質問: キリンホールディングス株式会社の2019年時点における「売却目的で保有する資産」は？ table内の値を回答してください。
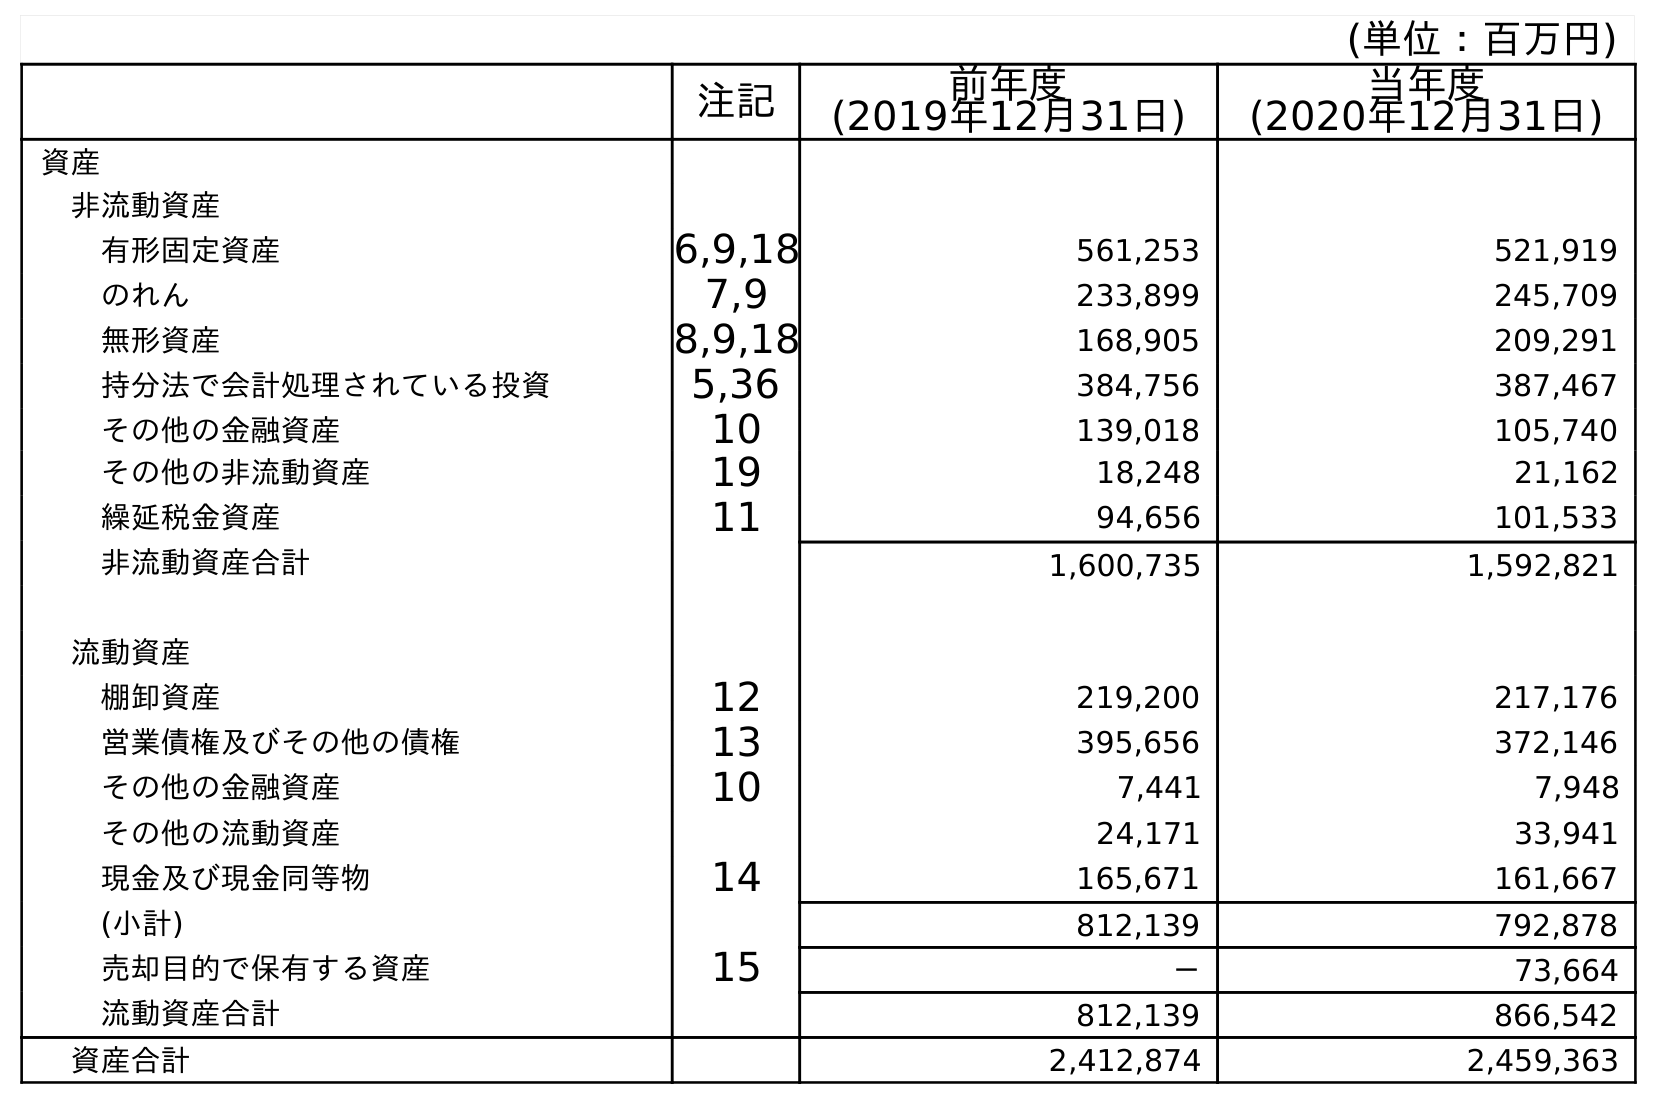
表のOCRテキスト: (単位：百万円) 注記 前年度 (2019年12月31日) 当年度 (2020年12月31日) 資産 非流動資産 有形固定資産 6,9,18 561,253 521,919 のれん 7,9 233,899 245,709 無形資産 8,9,18 168,905 209,291 持分法で会計処理されている投資 5,36 384,756 387,467 その他の金融資産 10 139,018 105,740 その他の非流動資産 19 18,248 21,162 繰延税金資産 11 94,656 101,533 非流動資産合計 1,600,735 1,592,821 流動資産 棚卸資産 12 219,200 217,176 営業債権及びその他の債権 13 395,656 372,146 その他の金融資産 10 7,441 7,948 その他の流動資産 24,171 33,941 現金及び現金同等物 14 165,671 161,667 (小計) 812,139 792,878 売却目的で保有する資産 15 － 73,664 流動資産合計 812,139 866,542 資産合計 2,412,874 2,459,363
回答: －